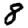
Digit: 8